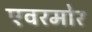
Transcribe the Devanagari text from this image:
एवरमोर